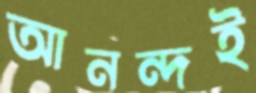
আনন্দই